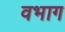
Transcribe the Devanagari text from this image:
वभाग